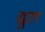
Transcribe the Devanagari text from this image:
ब्रुल